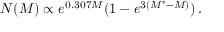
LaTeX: \ N ( M ) \propto e ^ { 0 . 3 0 7 M } ( 1 - e ^ { 3 ( M ^ { * } - M ) } ) \, .